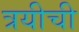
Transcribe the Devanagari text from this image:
त्रयीची